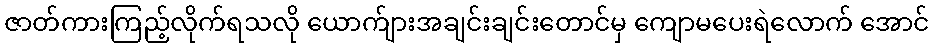
ဇာတ်ကားကြည့်လိုက်ရသလို ယောက်ျားအချင်းချင်းတောင်မှ ကျောမပေးရဲလောက် အောင်